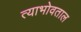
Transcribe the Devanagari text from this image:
त्याभोवताल